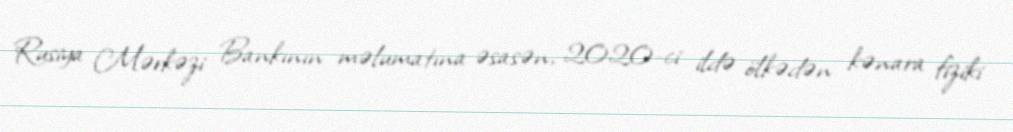
Rusiya Mərkəzi Bankının məlumatına əsasən, 2020-ci ildə ölkədən kənara fiziki